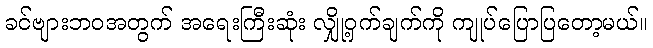
ခင်ဗျားဘဝအတွက် အရေးကြီးဆုံး လျှို့ဝှက်ချက်ကို ကျုပ်ပြောပြတော့မယ်။